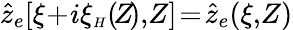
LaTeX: \hat{z}_{e}\! \left[\xi\! +\! i\xi_{{\scriptscriptstyle H}}(\! Z\! ),\! Z\right]\! =\! \hat{z}_{e}(\xi,\! Z)